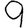
Digit: 9